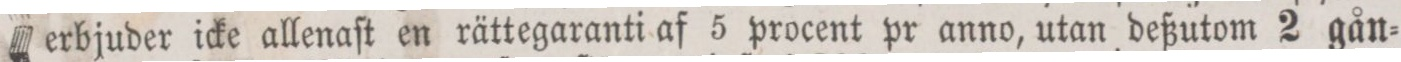
erbjuder icke allenaſt en rättegaranti af 5 procent pr anno, utan deßutom 2 gån=